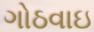
ગોઠવાઇ